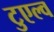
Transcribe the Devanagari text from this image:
टुएल्व